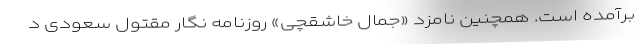
برآمده است. همچنین نامزد «جمال خاشقچی» روزنامه نگار مقتول سعودی د